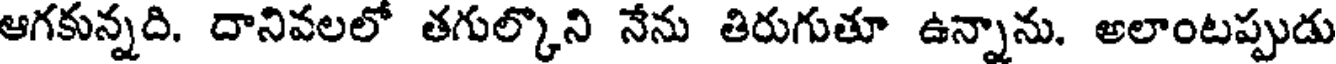
ఆగకున్నది. దానివలలో తగుల్కొని నేను తిరుగుతూ ఉన్నాను. అలాంటప్పుడు